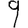
Digit: 9